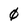
Character: 0